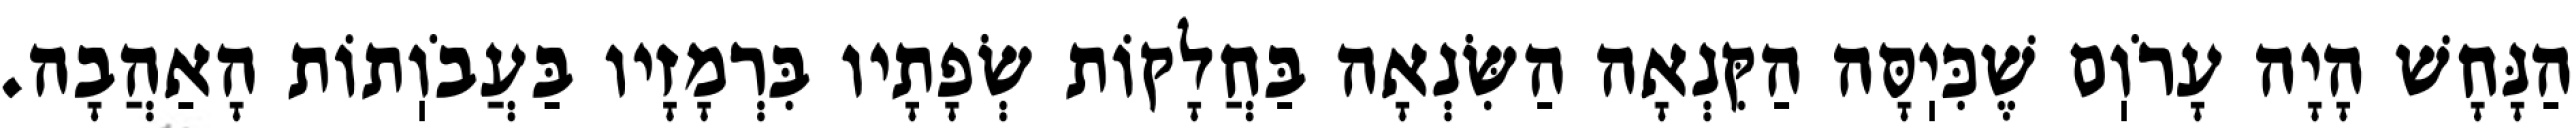
הַנָּחָשׁ הָיָה עָרֹוֽם שֶׁכִּיֽסָּה הַקִּנְאָה הַשִּׂנְאָה בַּחֲלָקוֹת שְׂפָתָיו בִּרְמָזָיו בַּעֲבֹוֽתוֹת הָאַהֲבָה.